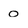
Character: o